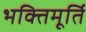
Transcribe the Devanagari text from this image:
भक्तिमूर्ति